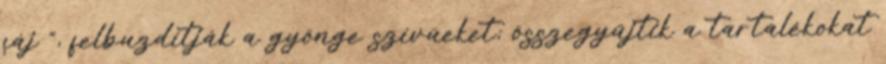
fáj ", felbuzdítják a gyönge szívüeket; összegyűjtik a tartalékokat